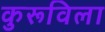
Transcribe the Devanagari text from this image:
कुरूविला